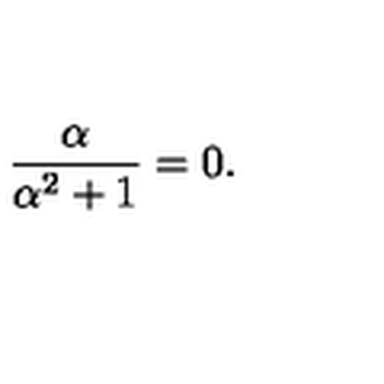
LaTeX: \frac { \alpha } { \alpha ^ { 2 } + 1 } = 0 .